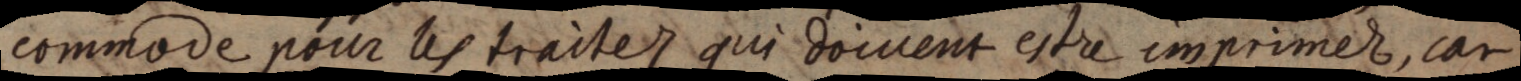
commode pour les traitez qui doivent estre imprimer, car